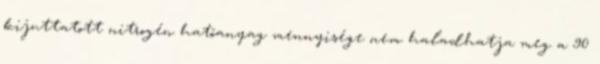
kijuttatott nitrogén hatóanyag mennyisége nem haladhatja meg a 90